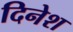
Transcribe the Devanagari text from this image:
दिनेश